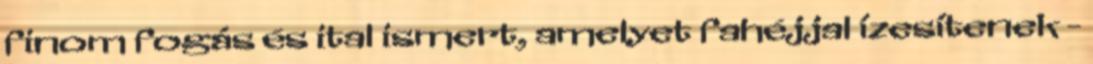
finom fogás és ital ismert, amelyet fahéjjal ízesítenek -